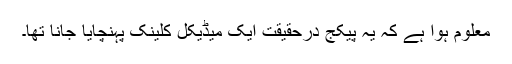
معلوم ہوا ہے کہ یہ پیکج درحقیقت ایک میڈیکل کلینک پہنچایا جانا تھا۔